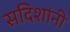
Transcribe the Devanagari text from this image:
सदिशांनी